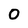
Character: O